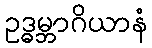
ဥဒ္ဓမ္ဘာဂိယာနံ